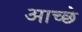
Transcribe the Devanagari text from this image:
आच्छे